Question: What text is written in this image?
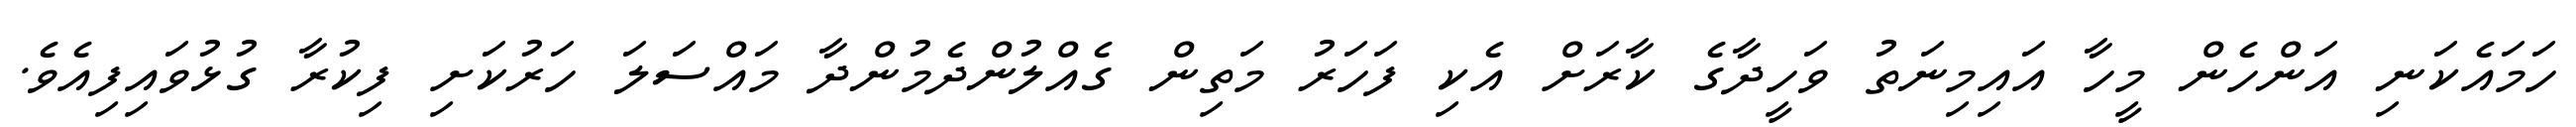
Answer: ހަމައެކަނި އަންހެން މީހާ އައިމިނަތު ވަހީދާގެ ކާރަށް އެކި ފަހަރު މަތިން ގެއްލުންދެމުންދާ މައްސަލަ ހަރުކަށި ފިކުރާ ގުޅުވައިފިއެވެ.